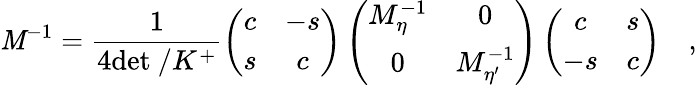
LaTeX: \mathit{M}^{-1}=\frac{{1}}{{4\mathrm{{det\ /}}K^{+}}}\left(\begin{array}{cc}{{c}}&{{-s}}\\ {{s}}&{{c}}\end{array}\right)\left(\begin{array}{cc}{{M_{\eta}^{-1}}}&{{0}}\\ {{0}}&{{M_{\eta^{\prime}}^{-1}}}\end{array}\right)\left(\begin{array}{cc}{{c}}&{{s}}\\ {{-s}}&{{c}}\end{array}\right)\quad,